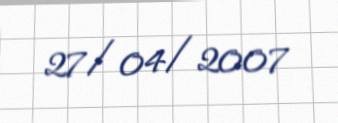
27/04/2007